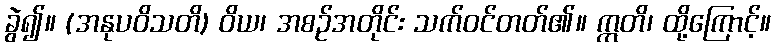
ခွဲ၍။ (အနုပဝိသတိ) ဝိယ၊ အစဉ်အတိုင်း သက်ဝင်တတ်၏။ ဣတိ၊ ထို့ကြောင့်။